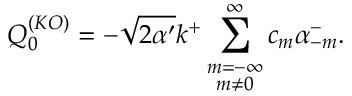
Q _ { 0 } ^ { ( K O ) } = - \sqrt { 2 \alpha ^ { \prime } } k ^ { + } \sum _ { \stackrel { \scriptstyle m = - \infty } { m \neq 0 } } ^ { \infty } c _ { m } \alpha _ { - m } ^ { - } .